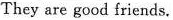
They are good friends.